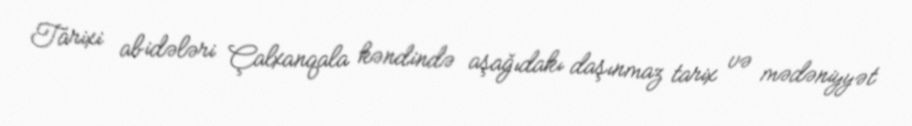
Tarixi abidələri Çalxanqala kəndində aşağıdakı daşınmaz tarix və mədəniyyət